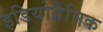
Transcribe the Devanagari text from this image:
इडियोग्रैमिक